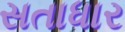
સતાધાર